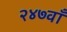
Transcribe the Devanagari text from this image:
२४७वाँ